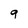
Character: 9